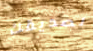
لصديقك